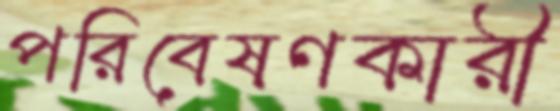
পরিবেষণকারী